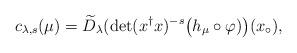
LaTeX: \begin{align*}c_{\lambda,s}(\mu)=\widetilde{D}_\lambda(\det(x^\dagger x)^{-s}\big(h_\mu\circ\varphi)\big)(x_\circ),\end{align*}